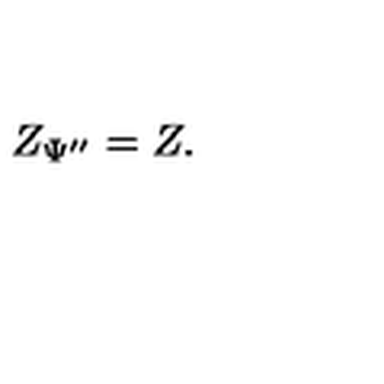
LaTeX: Z _ { \Psi ^ { \prime \prime } } = Z .